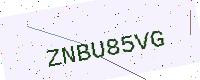
Text: ZNBU85VG